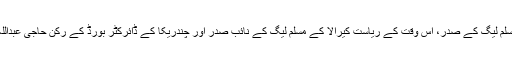
اس وقت پتہ چلا کہ کوچین کے مسلم لیگ کے صدر، اس وقت کے ریاست کیرالا کے مسلم لیگ کے نائب صدر اور چندریکا کے ڈائرکٹر بورڈ کے رکن حاجی عبداللہ سیٹھ زُلیخا حُسین کے بھائی ہیں۔